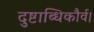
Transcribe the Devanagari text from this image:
दुष्टाब्धिकौर्व।